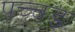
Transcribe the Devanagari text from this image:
पच्चड़